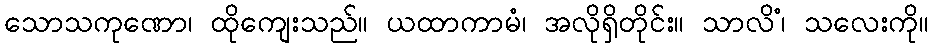
သောသကုဏော၊ ထိုကျေးသည်။ ယထာကာမံ၊ အလိုရှိတိုင်း။ သာလိံ၊ သလေးကို။